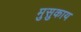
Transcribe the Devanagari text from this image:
मुसुकाय